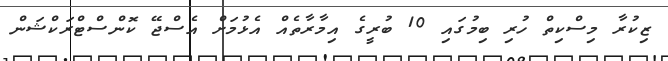
ޒިކުރާ މިސްކިތް ހުރި ބިމުގައި 10 ބުރީގެ އިމާރާތެއް އެޅުމަށް އެސްޖޭ ކޮންސްޓްރަކްޝަން